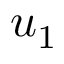
u _ { 1 }